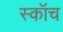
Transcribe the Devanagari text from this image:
स्‍कॉच